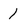
Character: 1